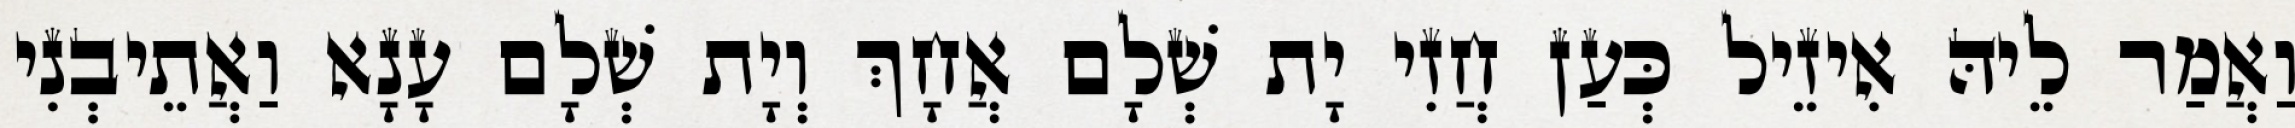
וַאֲמַר לֵיהּ אִיזֵיל כְּעַן חֲזִי יָת שְׁלָם אֲחָךְ וְיָת שְׁלָם עָנָא וַאֲתֵיבְנִי